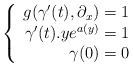
LaTeX: \begin{align*}\left\{\begin{array}{r} g(\gamma'(t),\partial_x)=1\\ \gamma'(t).ye^{a(y)}=1\\ \gamma(0)=0 \end{array} \right. \end{align*}